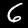
Digit: 6